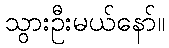
သွားဦးမယ်နော်။